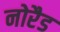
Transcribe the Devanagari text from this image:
नोरैड